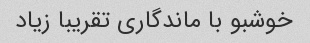
خوشبو با ماندگاری تقریبا زیاد